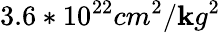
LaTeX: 3.6*10^{22}cm^{2}/\mathbf{k}g^{2}